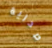
صدرية